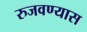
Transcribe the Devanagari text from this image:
रुजवण्यास